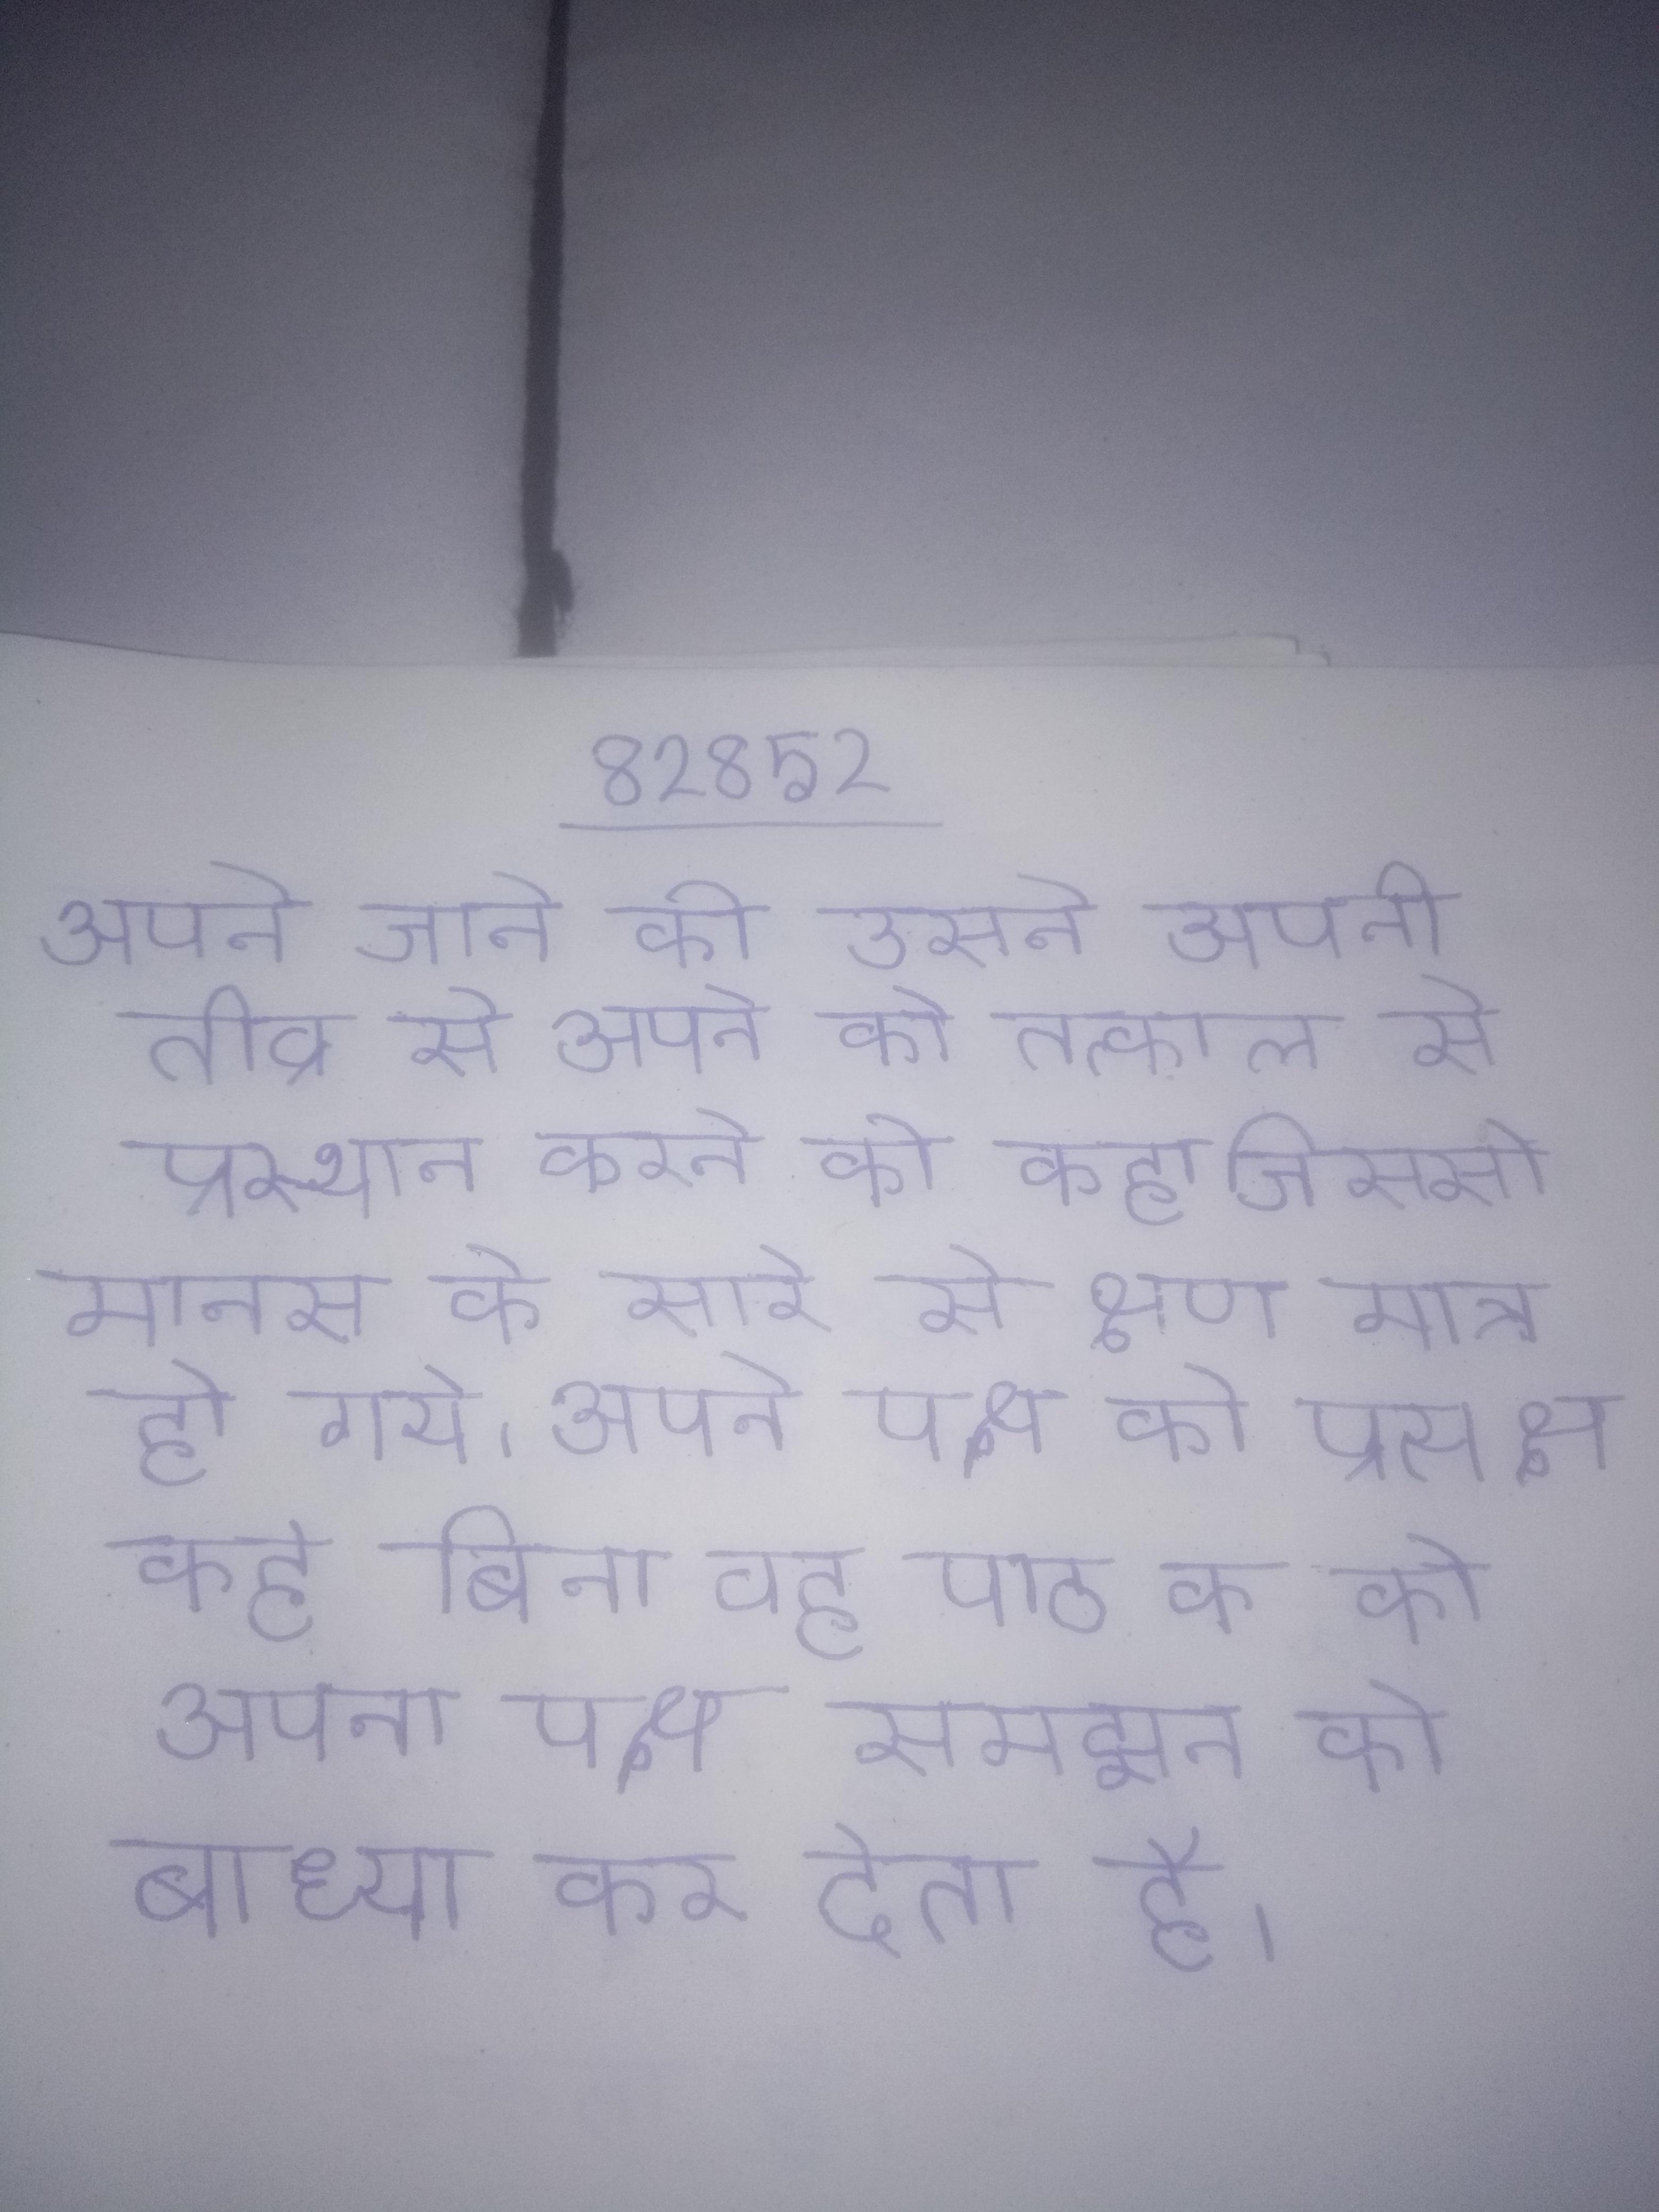
अपने जाने की उसने अपनी तीव्र से अपने को तत्काल से प्रस्थान करने को कहा जिससे मानस के सारे से क्षण मात्र हो गये । अपने पक्ष को प्रत्यक्ष कहे बिना वह पाठक को अपना पक्ष समझन को बाध्य कर देता है ।